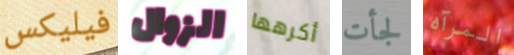
فيليكس الزوال أكرهها لجأت المرآه